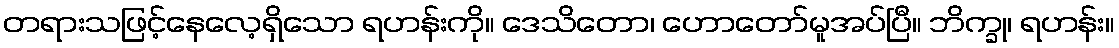
တရားသဖြင့်နေလေ့ရှိသော ရဟန်းကို။ ဒေသိတော၊ ဟောတော်မူအပ်ပြီ။ ဘိက္ခု၊ ရဟန်း။